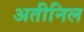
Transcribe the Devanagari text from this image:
अतीनिल